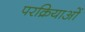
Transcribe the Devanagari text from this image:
परक्रियाओं